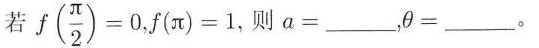
若 $$f ( \frac { π } { 2 } ) = 0$$，$$( π ) = 1$$，则$$a =$$___，$$\theta =$$ ___。